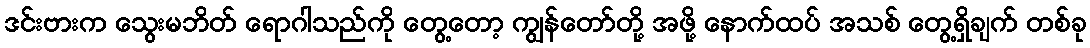
ဒင်းဗားက သွေးမဘိတ် ရောဂါသည်ကို တွေ့တော့ ကျွန်တော်တို့ အဖို့ နောက်ထပ် အသစ် တွေ့ရှိချက် တစ်ခု